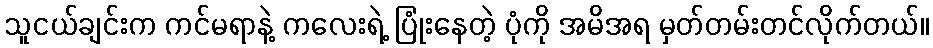
သူငယ်ချင်းက ကင်မရာနဲ့ ကလေးရဲ့ ပြုံးနေတဲ့ ပုံကို အမိအရ မှတ်တမ်းတင်လိုက်တယ်။